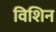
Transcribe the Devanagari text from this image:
विशिन